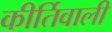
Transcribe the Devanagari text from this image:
कीर्तिवाली